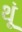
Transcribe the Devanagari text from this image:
थूं